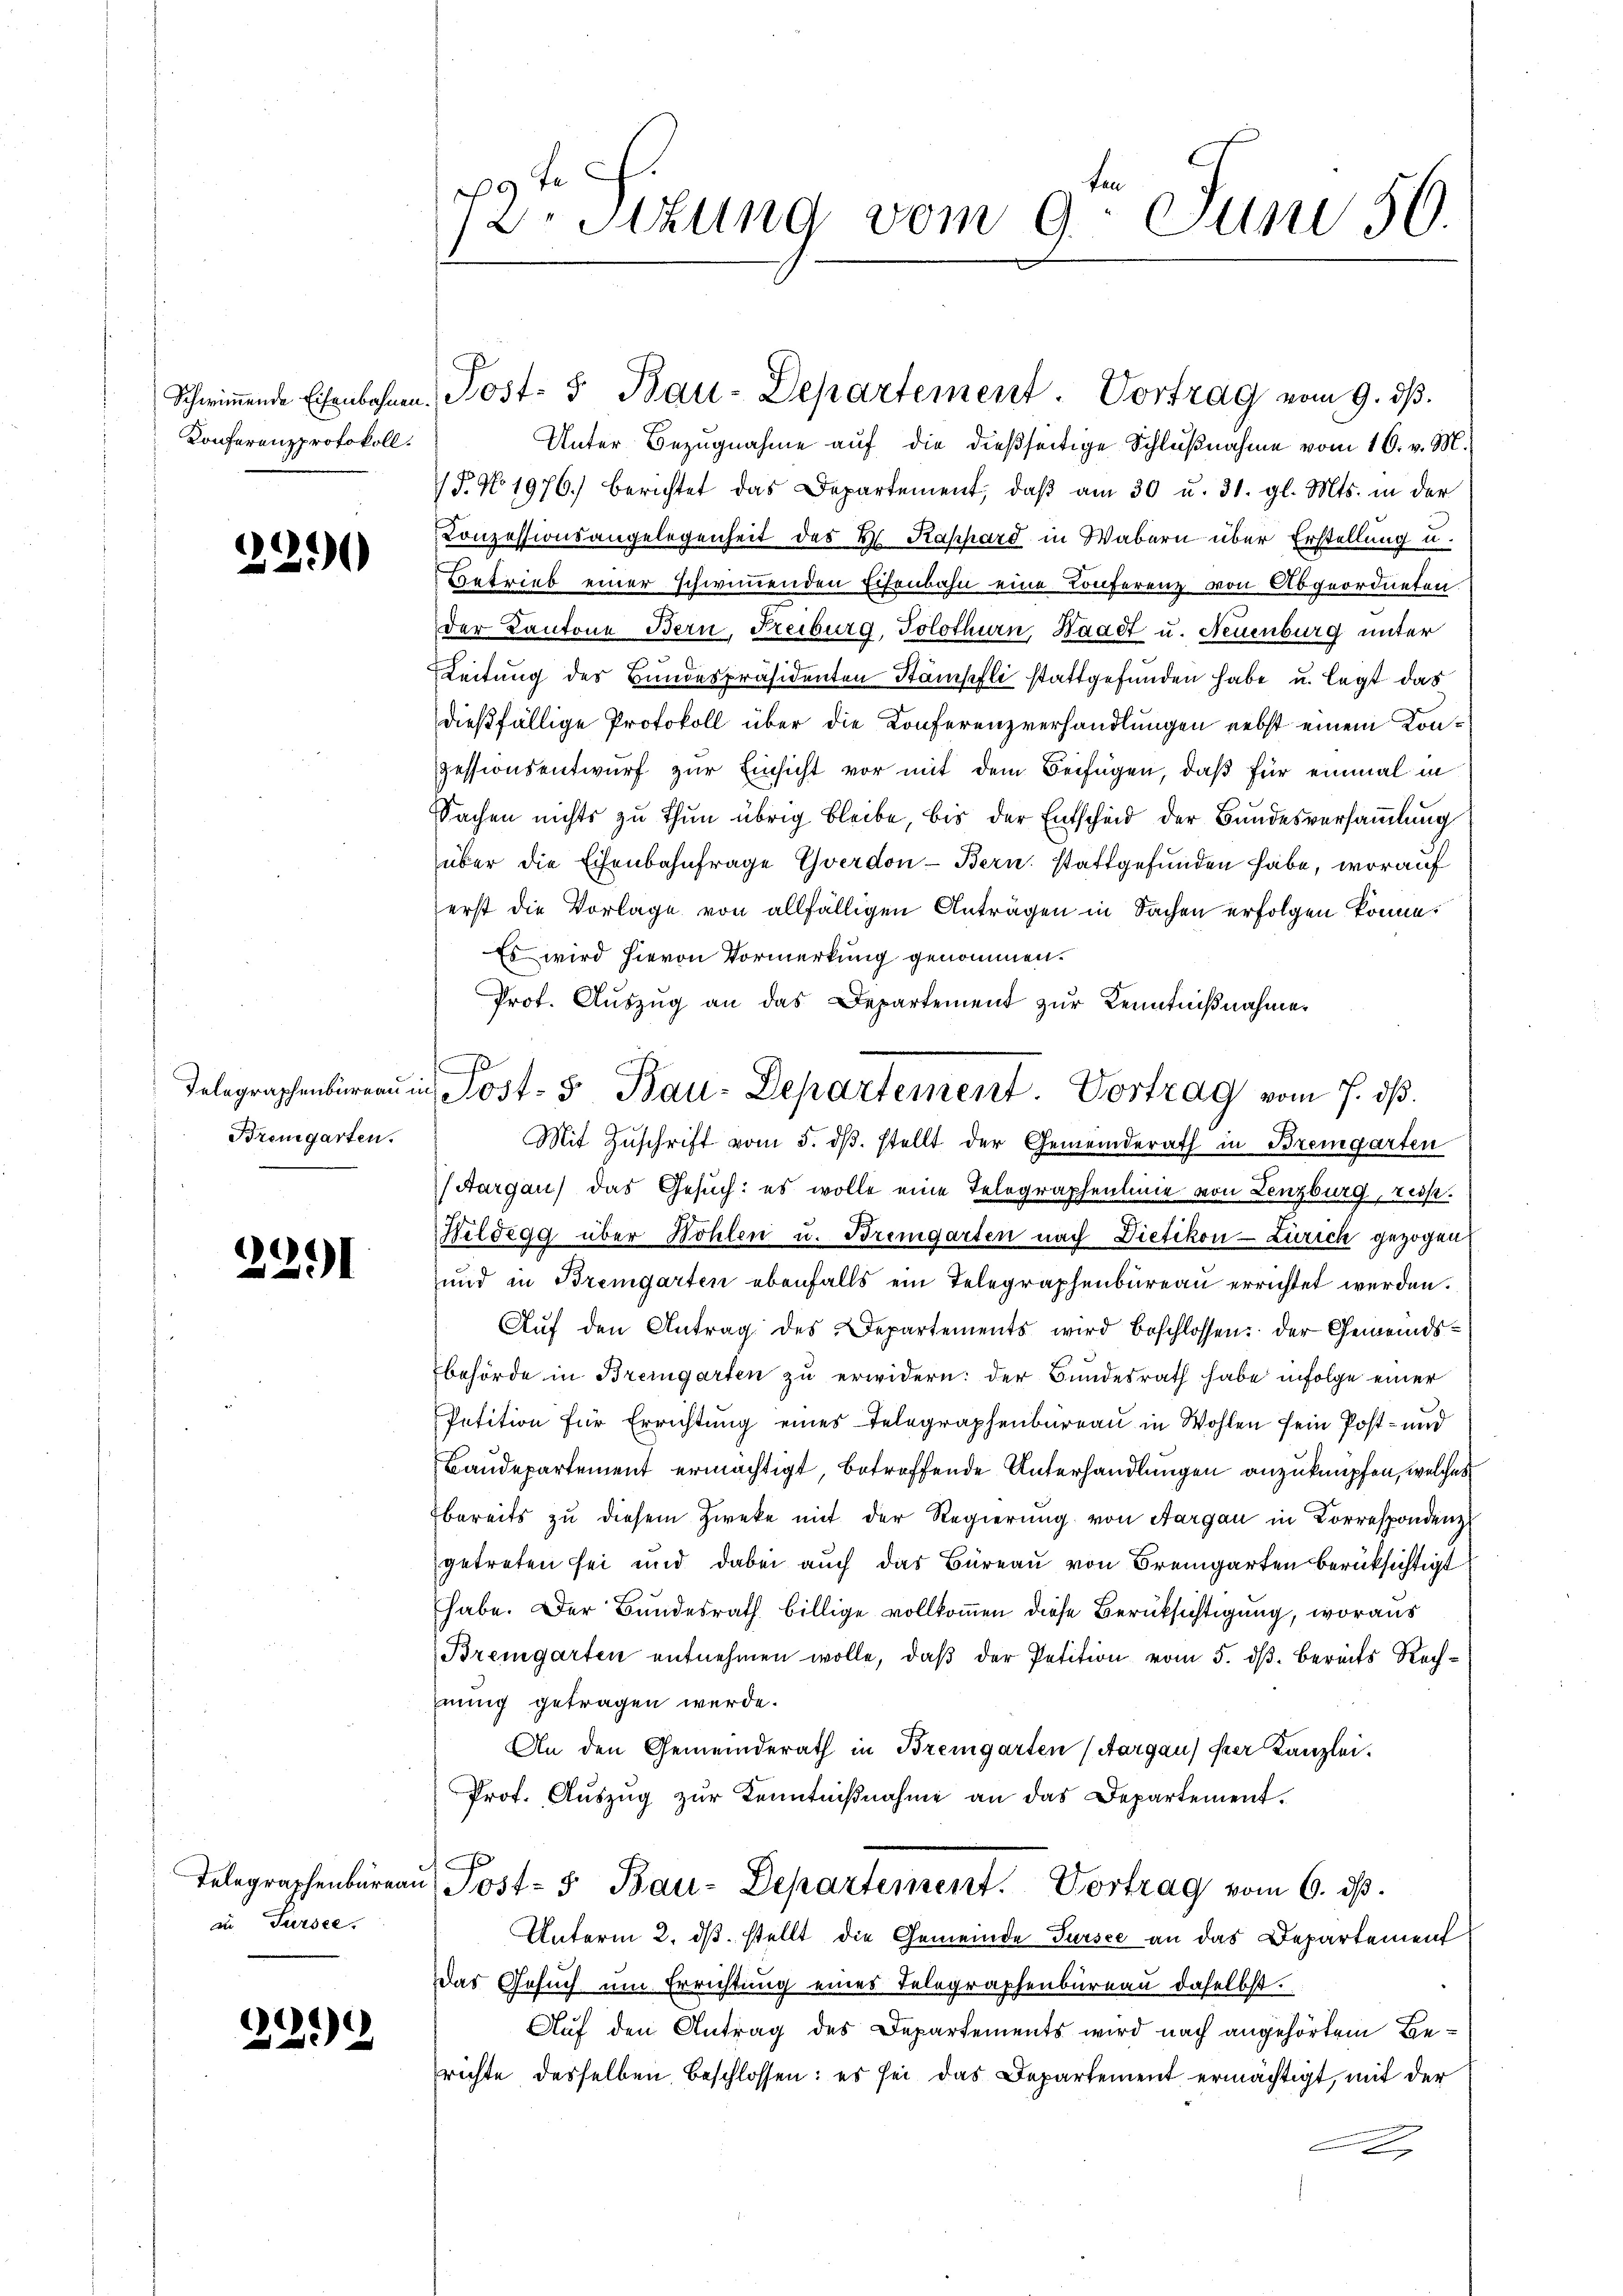
Schwimmende Eisenbahnen.
Konferenzprotokoll.

1

Telegraphenbureau in
Bremgarten.

2291

Telegraphenburea
an Sursee.

221)

9 te
72. Stzung vom 9. Juni 56.

Post- 5 Bau-Departement. Vortrag vom 9. dβ.

Unter Bezugnahme auf die dießseitige Schlußnahme vom 16. v. M.
F. No. 1976.) berichtet das Departement, daβ am 30 u. 31. gl. Mts. in der
Conzessionsangelegenheit des K. Raphard in Wabern über Erstellung u.
Betrieb einer schwimmenden Eisenbahn eine Conferenz von Abgeordneten
der Kantone Bern, Freiburg, Solothurn, Waadt u. Neuenburg unter
Leitung des Bundespräsidenten Stämpfli stattgefunden habe u. legt das
dießfällige Protokoll über die Konferenzverhandlungen nebst einem Konpessionsentwurf zur Einsicht vor mit dem Beifügen, daß für einmal in
Sachen nichts zu thun übrig bleibe, bis der Entscheid der Bundesversammlung
über die Eisenbahnfrage Yverdon-Bern stattgefunden habe, worauf
erst die Vorlage von allfälligen Anträgen in Sachen erfolgen könne.
Es wird hievon Vormerkung genommen.
Prof. Auszug an das Departement zur Kenntnißnahmen
Mit Zŭschrift vom 5. dβ. stellt der Gemeinderath in Bremgarten
(Aargau) das Gesuch: es wolle eine Telegraphenlinie von Lenzburg, reise.
Wildegg über Bohlen u. Bremgarten nach Dietikon-Zürich gezogen
und in Bremgarten ebenfalls ein Telegraphenbureau errichtet werden.
Aŭf den Antrag des Departements wird beschlossen: der Gemeindsbehörde in Bremgarten zu erwidern: der Bundesrath habe infolge einer
Petition für Errichtung eines Telegraphenbureau in Wohlen sein Post- und
Baudepartement ermächtigt, betreffende Unterhandlungen anzuknüpfen, welches
bereits zu diesem Zwecke mit der Regierung von Aargau in Korrespondenz
getreten sei und dabei auch das Büreau von Bremgarten berüksichtigt
habe. Der Bundesrath billige vollkommen diese Berücksichtigung, woraus
Bremgarten entnehmen wolle, daβ der Petition vom 5. dβ. bereits Rechnung getragen werde.
An den Gemeinderath in Bremgarten (Aargau) per Kanzlei.
Prof. Auszug zur Kenntnißnahme an das Departement.
Post- & Bau-Departement. Vortrag vom 6. ds.
Unterm 2. ds. stellt die Gemeinde Tursee an das Departement
Das Gesuch um Errichtung eines Telegraphenbureau daselbst.
Auf den Antrag des Departements wird nach angehörtem Berichte desselben beschlossen: es sei das Departement ermächtigt, mit der
2

Post- 5 Bau-Departement. Vortrag vom 7. dβ.